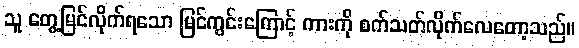
သူ တွေ့မြင်လိုက်ရသော မြင်ကွင်းကြောင့် ကားကို စက်သတ်လိုက်လေတော့သည်။